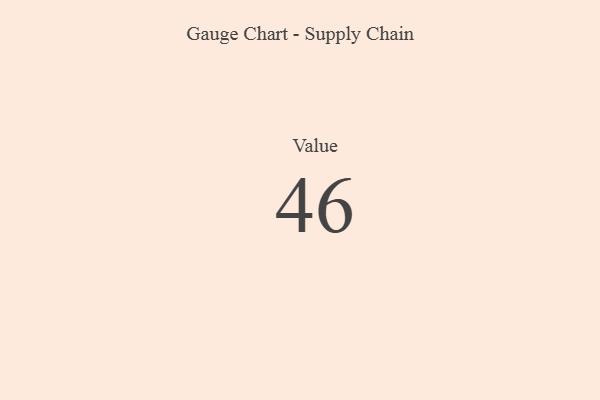
{"axis": {"x": "Metric", "y": "Value"}, "legend": [""], "data": [{"x": "Value", "y": 46, "type": ""}]}